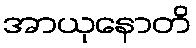
အာယုနောတိ